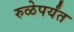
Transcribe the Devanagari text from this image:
रुळेपर्यंत